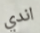
اندي